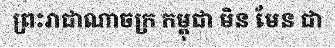
ព្រះរាជាណាចក្រ កម្ពុជា មិន មែន ជា